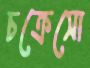
চক্রেসো